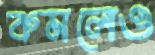
কমলেও